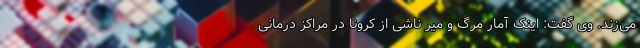
می‌زند. وی گفت: اینک آمار مرگ و میر ناشی از کرونا در مراکز درمانی